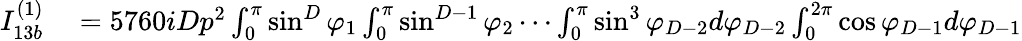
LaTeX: \begin{array}{rl}{I_{13b}^{(1)}}&{{}=5760iDp^{2}\int_{0}^{\pi}\sin^{D}\varphi_{1}\int_{0}^{\pi}\sin^{D-1}\varphi_{2}\cdots\int_{0}^{\pi}\sin^{3}\varphi_{D-2}d\varphi_{D-2}\int_{0}^{2\pi}\cos\varphi_{D-1}d\varphi_{D-1}}\end{array}